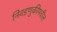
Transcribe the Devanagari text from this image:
निवडणुकीमधील